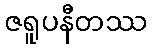
ဇရူပနီတဿ